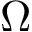
\Omega